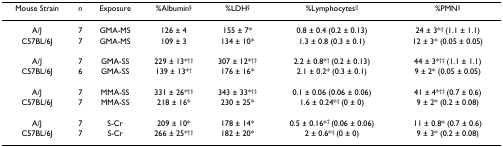
<table><thead><tr><td><b>Mouse Strain</b></td><td><b><i>n</i></b></td><td><b>Exposure</b></td><td><b>%Albumin<sup>§</sup></b></td><td><b>%LDH<sup>§</sup></b></td><td><b>%Lymphocytes<sup>||</sup></b></td><td><b>%PMN<sup>||</sup></b></td></tr></thead><tbody><tr><td>A/J</td><td>7</td><td>GMA-MS</td><td>126 ± 4</td><td>155 ± 7*</td><td>0.8 ± 0.4 (0.2 ± 0.13)</td><td>24 ± 3*<sup>‡ </sup>(1.1 ± 1.1)</td></tr><tr><td>C57BL/6J</td><td>7</td><td>GMA-MS</td><td>109 ± 3</td><td>134 ± 10*</td><td>1.3 ± 0.8 (0.3 ± 0.1)</td><td>12 ± 3* (0.05 ± 0.05)</td></tr><tr><td>A/J</td><td>7</td><td>GMA-SS</td><td>229 ± 13*<sup>†‡</sup></td><td>307 ± 12*<sup>†‡</sup></td><td>2.2 ± 0.8*<sup>† </sup>(0.2 ± 0.13)</td><td>44 ± 3*<sup>†‡ </sup>(1.1 ± 1.1)</td></tr><tr><td>C57BL/6J</td><td>6</td><td>GMA-SS</td><td>139 ± 13*<sup>†</sup></td><td>176 ± 16*</td><td>2.1 ± 0.2* (0.3 ± 0.1)</td><td>9 ± 2* (0.05 ± 0.05)</td></tr><tr><td>A/J</td><td>7</td><td>MMA-SS</td><td>331 ± 26*<sup>†‡</sup></td><td>343 ± 33*<sup>†‡</sup></td><td>0.1 ± 0.06 (0.06 ± 0.06)</td><td>41 ± 4*<sup>†‡ </sup>(0.7 ± 0.6)</td></tr><tr><td>C57BL/6J</td><td>7</td><td>MMA-SS</td><td>218 ± 16*</td><td>230 ± 25*</td><td>1.6 ± 0.24*<sup>‡ </sup>(0 ± 0)</td><td>9 ± 2* (0.2 ± 0.08)</td></tr><tr><td>A/J</td><td>7</td><td>S-Cr</td><td>209 ± 10*</td><td>178 ± 14*</td><td>0.5 ± 0.16*<sup>† </sup>(0.06 ± 0.06)</td><td>11 ± 0.8* (0.7 ± 0.6)</td></tr><tr><td>C57BL/6J</td><td>7</td><td>S-Cr</td><td>266 ± 25*<sup>†‡</sup></td><td>182 ± 20*</td><td>2 ± 0.6*<sup>‡ </sup>(0 ± 0)</td><td>9 ± 3* (0.2 ± 0.08)</td></tr></tbody></table>